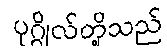
ပုဂ္ဂိုလ်တို့သည်